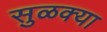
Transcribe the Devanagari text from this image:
सुळक्या